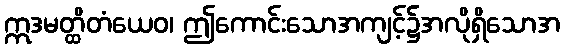
ဣဒမတ္ထိတံယေဝ၊ ဤကောင်းသောအကျင့်၌အလိုရှိသောအ